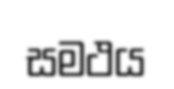
සමථය